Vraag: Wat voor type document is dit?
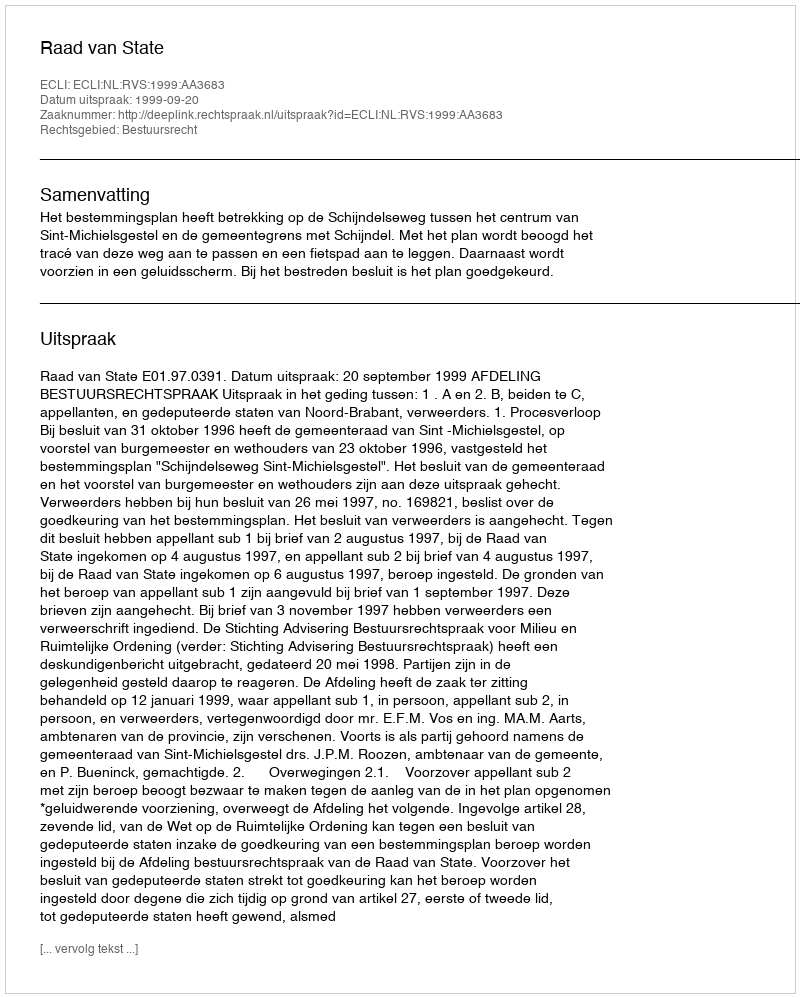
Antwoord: Uitspraak